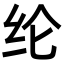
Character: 纶